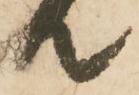
て